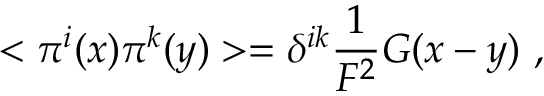
< \pi ^ { i } ( x ) \pi ^ { k } ( y ) > = \delta ^ { i k } \frac { 1 } { F ^ { 2 } } G ( x - y ) \ ,